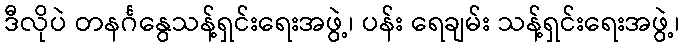
ဒီလိုပဲ တနင်္ဂနွေသန့်ရှင်းရေးအဖွဲ့၊ ပန်း ရေချမ်း သန့်ရှင်းရေးအဖွဲ့၊